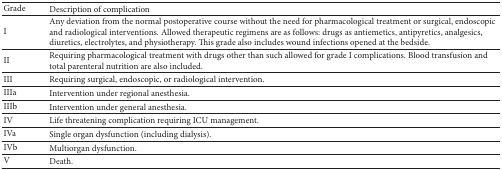
<table><thead><tr><td><b>Grade</b></td><td><b>Description of complication</b></td></tr></thead><tbody><tr><td>I</td><td>Any deviation from the normal postoperative course without the need for pharmacological treatment or surgical, endoscopic and radiological interventions. Allowed therapeutic regimens are as follows: drugs as antiemetics, antipyretics, analgesics, diuretics, electrolytes, and physiotherapy. This grade also includes wound infections opened at the bedside.</td></tr><tr><td>II</td><td>Requiring pharmacological treatment with drugs other than such allowed for grade I complications. Blood transfusion and total parenteral nutrition are also included.</td></tr><tr><td>III</td><td>Requiring surgical, endoscopic, or radiological intervention.</td></tr><tr><td>IIIa</td><td>Intervention under regional anesthesia.</td></tr><tr><td>IIIb</td><td>Intervention under general anesthesia.</td></tr><tr><td>IV</td><td>Life threatening complication requiring ICU management.</td></tr><tr><td>IVa</td><td>Single organ dysfunction (including dialysis).</td></tr><tr><td>IVb</td><td>Multiorgan dysfunction.</td></tr><tr><td>V</td><td>Death. </td></tr></tbody></table>